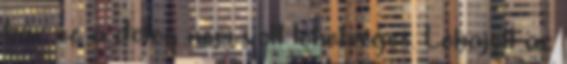
bár ez a dolog nem volt lehetséges. Lehajolt az